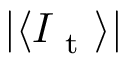
| \langle I _ { \mathrm { ~ t ~ } } \rangle |